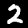
Digit: 2